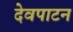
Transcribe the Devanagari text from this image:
देवपाटन